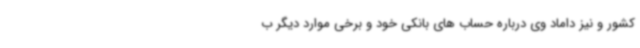
کشور و نیز داماد وی درباره حساب های بانکی خود و برخی موارد دیگر ب